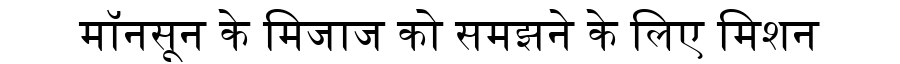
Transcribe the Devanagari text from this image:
मॉनसून के मिजाज को समझने के लिए मिशन